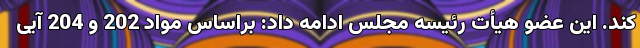
کند. این عضو هیأت رئیسه مجلس ادامه داد: براساس مواد 202 و 204 آیی